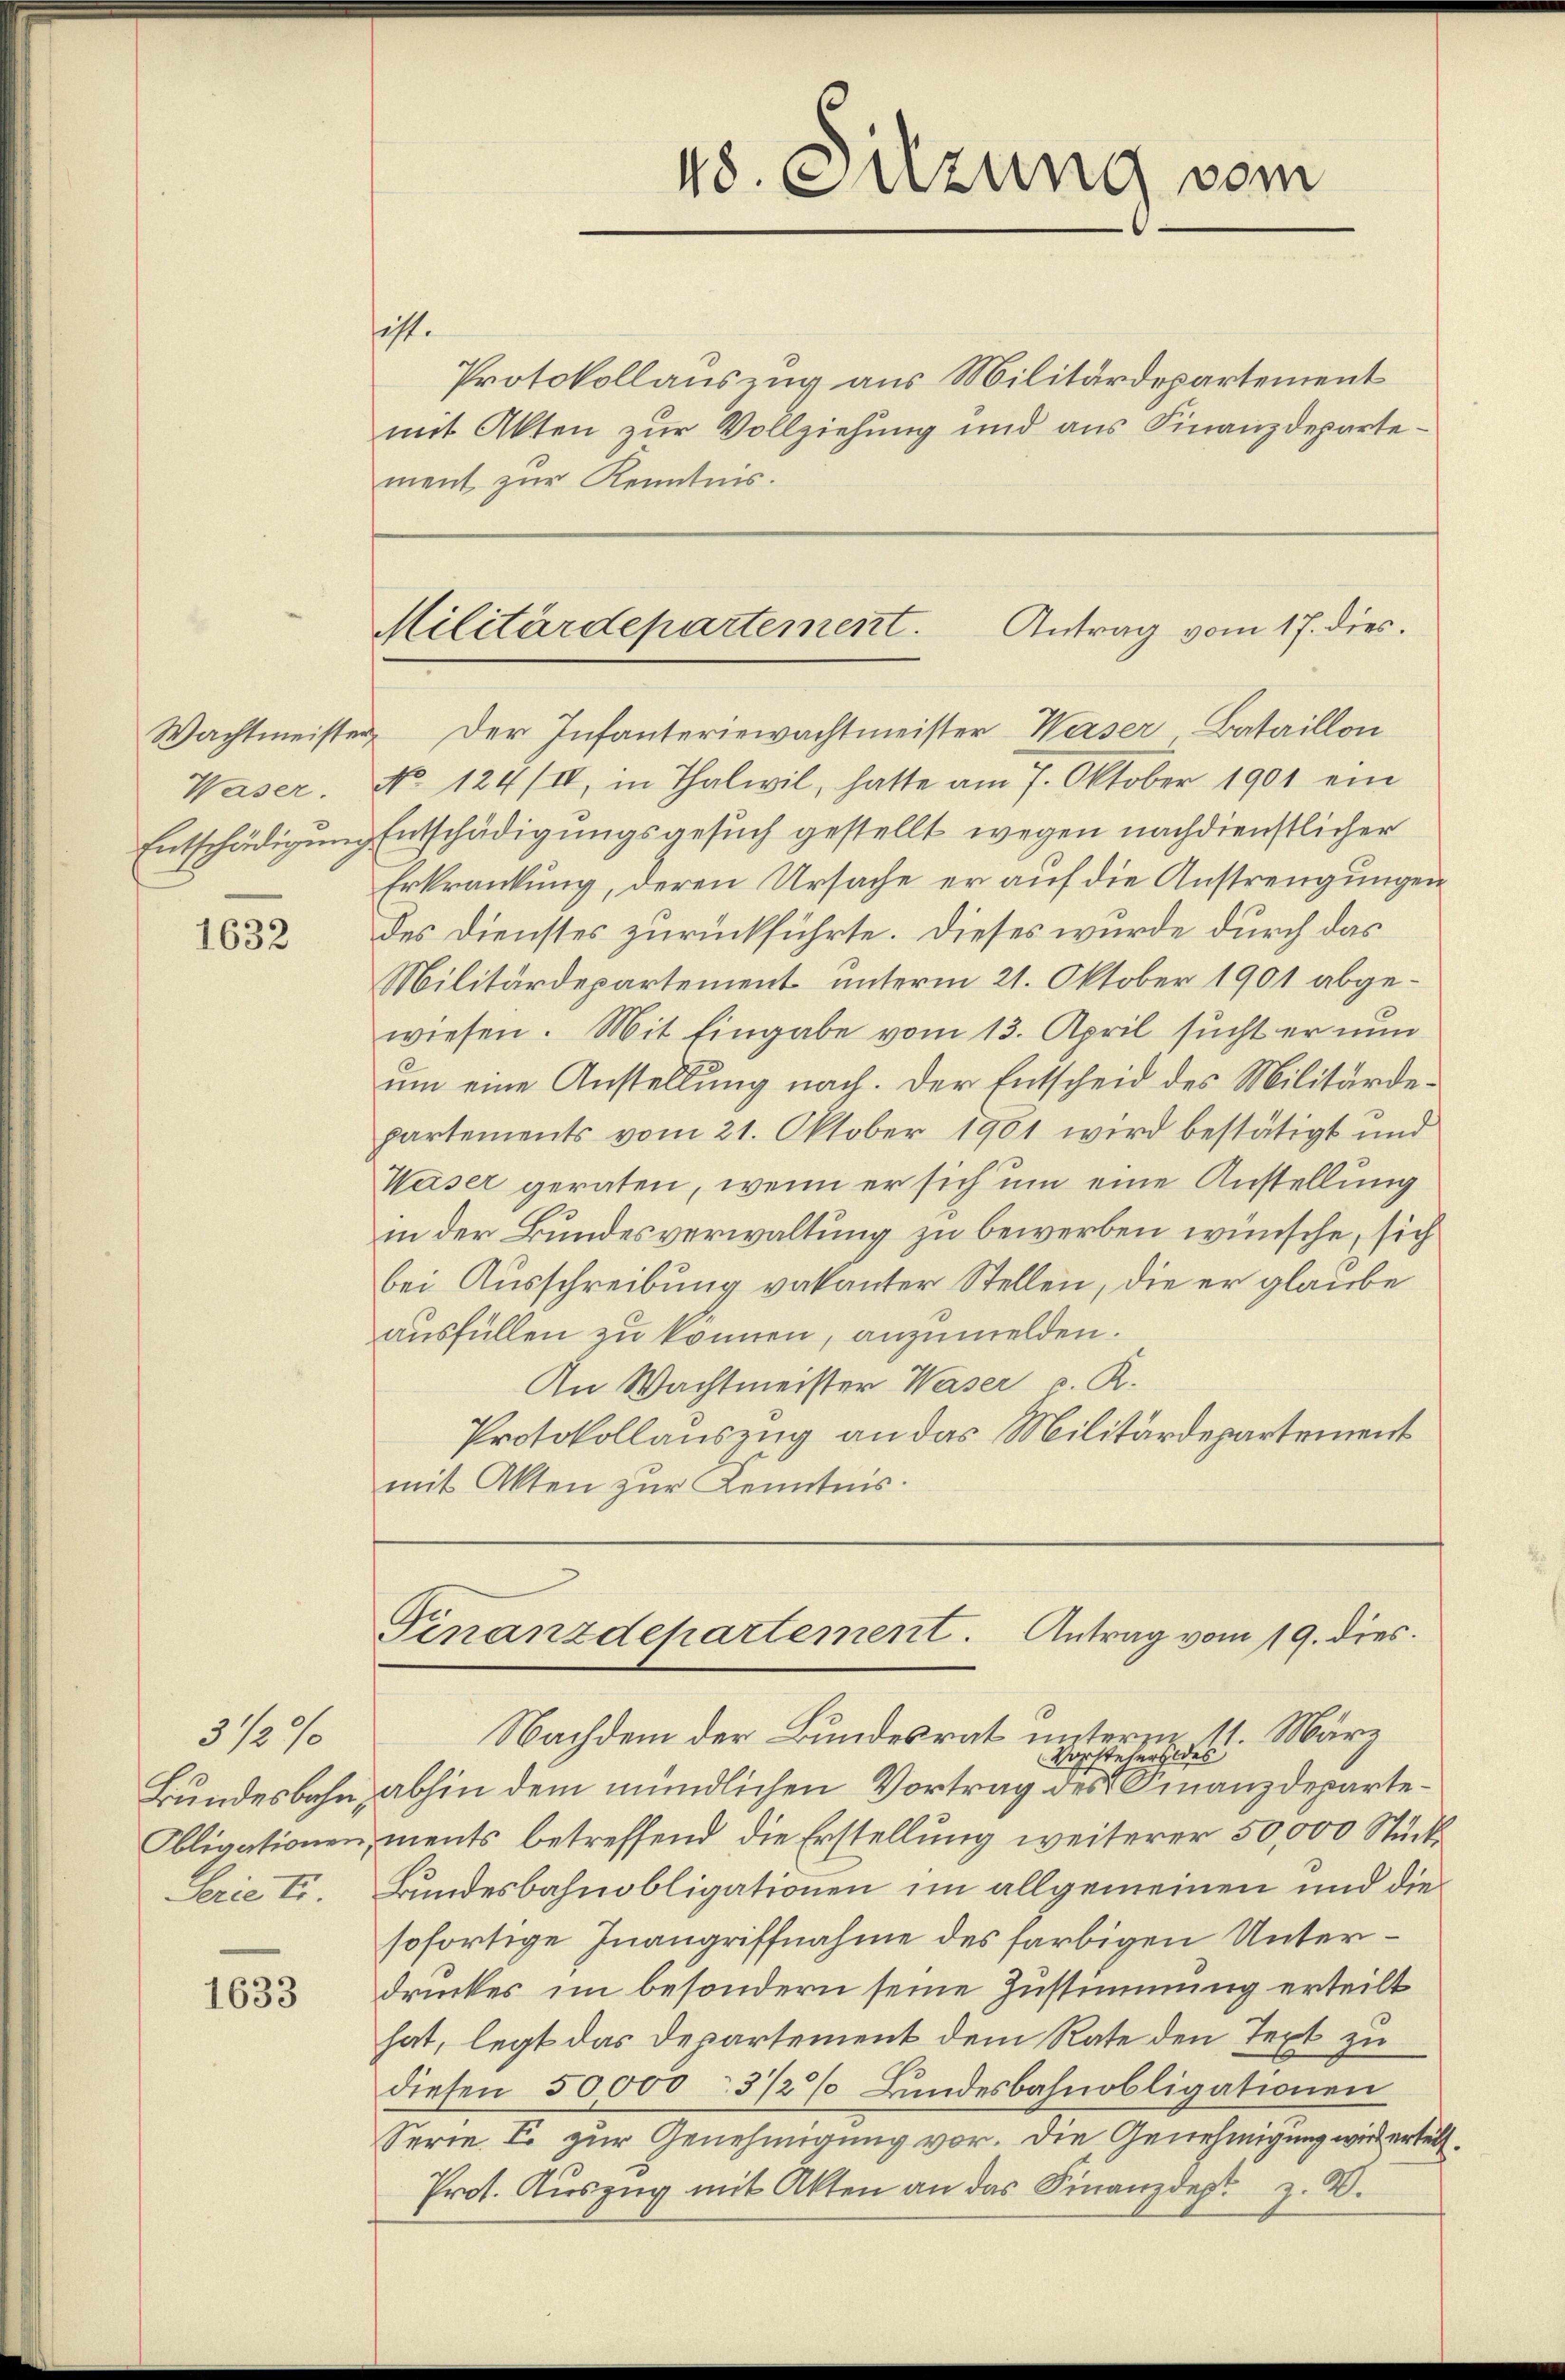
Waser.

1632

3/2/

1633

hist.

48. Sitzung vom

Protokollauszug aus Militärdepartement
mit Akten zur Vollziehung und aus Finanzdepartement zur Kenntnis.

Wachtmeister der Infanteriewachtmeister-Waiser Bataillon
No 124/I, in Thalwil, hatte am 7. Oktober 1901 ein
Entschädigung Entschädigungsgesuch gestellt wegen nachdienstlicher
Erkrankung, deren Ursache er auf die Anstrengungen
des Dienstes zurückführte. Dieses wurde durch das
Militärdepartement unterm 21. Oktober 1901 abgewiesen. Mit Eingabe vom 13. April sucht er nun
ŭm eine Anstellŭng nach. Der Entscheid des Militärde-
partements vom 21. Oktober 1901 wird bestätigt und
Waiser geraten, wenn er sich um eine Anstellung
in der Bundesverwaltung zu bewerben wünsche, sich
bei Ausschreibung vakanter Stellen, die er glaube
ausfüllen zu können, anzumelden.
An Wachtmeister Waser v. R.
Protokollauszug an das Militärdepartement
mit Akten zur Kenntnis.

Militärdepartement. Antrag vom 17. dies

Finanzdepartement. Antrag vom 19. dies

Nachdem der Bundesrat unterm 11. März
Vorstehers des
Bundesbahn, abhin dem mündlichen Vortrag des Finanzdeparte¬
Obligationen, ments betreffend die Erstellung weiterer 50,000 Stück
Serie tr. Bundesbahnobligationen im allgemeinen und die
sofortige Inangriffnahme des farbigen Unterdruckes im besondern seine Zustimmung erteilt
hat, legt das Departement dem Rate den Text zu
diesen 50,000 - 3 1/2% Bundesbahnobligationen
Serie L. zur Genehmigung vor. Die Genehmigung wird ertell¬
Prot. Aŭszŭg mit Akten an das Finanzdept z. B.